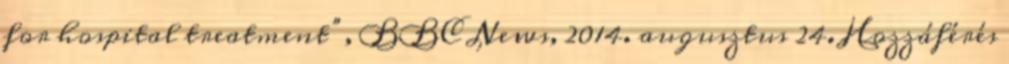
for hospital treatment”, BBC News, 2014. augusztus 24. Hozzáférés